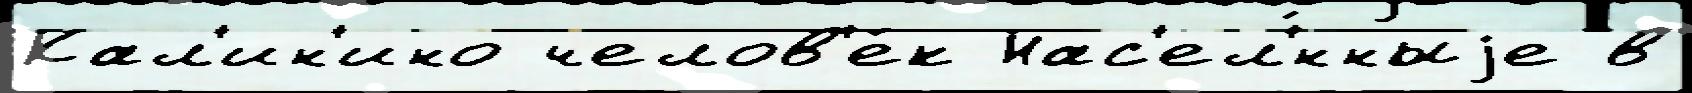
Кал'ин'ино челов'е́к Нас'ел'́нныjе в